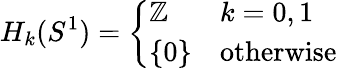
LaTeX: H_{k}(S^{1})={\left\{ \begin{array}{ll}{\mathbb{Z}}&{k=0,1}\\ {\{ 0\} }&{{\mathrm{otherwise}}}\end{array}\right.}